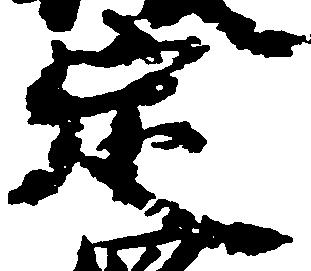
定